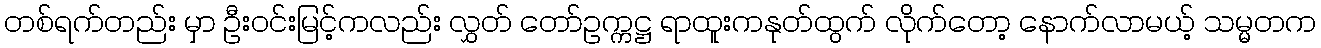
တစ်ရက်တည်း မှာ ဦးဝင်းမြင့်ကလည်း လွှတ် တော်ဥက္ကဋ္ဌ ရာထူးကနုတ်ထွက် လိုက်တော့ နောက်လာမယ့် သမ္မတက